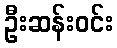
ဦးဆန်းဝင်း